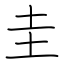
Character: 圭